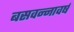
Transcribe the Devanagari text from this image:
बसवन्नावर्ष